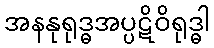
အနနုရုဒ္ဓအပ္ပဋိဝိရုဒ္ဓါ